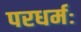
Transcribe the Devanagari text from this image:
परधर्मः